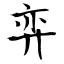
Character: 弈